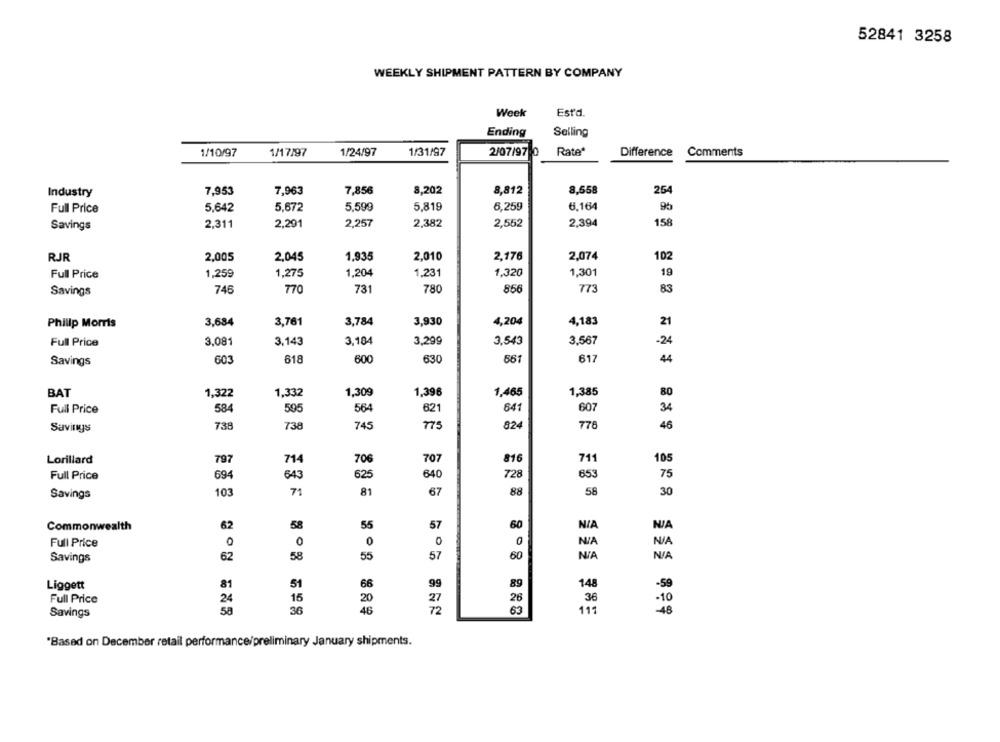
52841 3258
WEEKLY SHIPMENT PATTERN BY COMPANY
Estd.
Week
Ending
Selling
1/10/97
1/17/97
1/24/97
1/31/97
2/07/970
Rate"
Difference
Comments
Industry
7,953
7,963
7,856
8,202
8,812
8,558
264
5,642
5,672
5,599
5,819
6,259
6.164
Full Price
2,382
2,394
158
Savings
2,311
2,291
2,257
2,552
RJR
2,005
2.045
1,935
2,010
2,176
2,074
102
Full Price
1,259
1,275
1,204
1.231
1,320
1,301
19
746
731
780
856
773
83
Savings
770
4,183
Philip Morris
3,684
3,761
3,784
3,930
4,204
21
Full Price
3,081
3,143
3,104
3.299
3,543
3.567
-24
Savings
603
618
600
630
661
617
44
BAT
1,322
1,332
1,309
1,396
1.465
1,385
80
584
595
564
621
641
607
34
Full Price
Savings
738
738
745
773
824
776
46
Lorillard
797
714
70€
707
816
71
105
Full Price
625
640
728
853
694
643
75
Savings
103
71
81
67
88
58
30
Commonwealth
62
58
55
57
60
NIA
Full Price
0
0
0
0
57
60
Savings
62
58
55
Liggett
81
51
66
99
89
148
-59
Full Price
24
16
20
26
36
-10
Savings
58
36
46
63
111
48
"Based on December retail performance/preliminary January shipments.